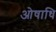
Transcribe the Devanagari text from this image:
ओषाधि